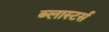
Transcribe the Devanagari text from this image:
ब्लास्टर्स